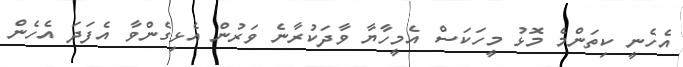
އެހެނީ ކިތަންމެ މޮޅު މީހަކަސް އެމީހާޔާ ވާދަކުރާނެ ވަރުން އެޅިގެންވާ އެފަދަ އެހެން